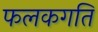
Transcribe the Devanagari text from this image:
फलकगति